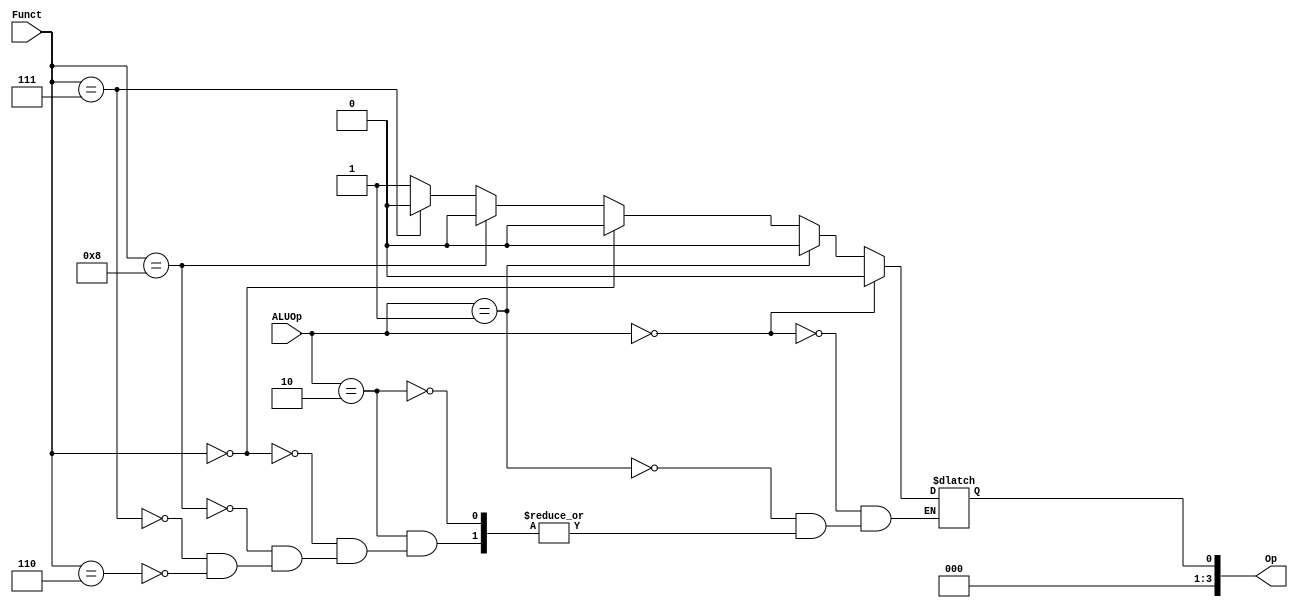
`timescale 1ns / 1ps
//////////////////////////////////////////////////////////////////////////////////
// Company: 
// Engineer: 
// 
// Design Name: 
// Module Name:    ALU_Control 
// Project Name: 
// Target Devices: 
// Tool versions: 
// Description: 
//
// Dependencies: 
//
// Revision: 
// Revision 0.01 - File Created
// Additional Comments: 
//
//////////////////////////////////////////////////////////////////////////////////
module ALU_Control(
  input[1:0] ALUOp, 
  input [3:0] Funct,
  output [3:0] Op
);
	reg Operation;
  always @(ALUOp or Funct)
  begin
    if(ALUOp == 2'b00)
      Operation <= 4'b0010;
    else if(ALUOp == 2'b01)
      Operation <= 4'b0110;
    else if(ALUOp == 2'b10)
    begin
      if(Funct == 4'b0000)
        Operation <= 4'b0010;
      else if(Funct == 4'b1000)
        Operation <= 4'b0110;
      else if(Funct == 4'b0111)
        Operation <= 4'b0000;
      else if(Funct == 4'b0110)
        Operation <= 4'b0001;
    end
  end
  
  assign Op= Operation;
endmodule